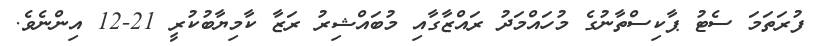
ފުރަތަމަ ސެޓު ޕާކިސްތާނުގެ މުހައްމަދު ރައްޒާގާއި މުބައްޝިރު ރަޒާ ކާމިޔާބުކުރީ 21-12 އިންނެވެ.